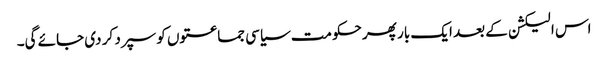
اس الیکشن کے بعد ایک بار پھر حکومت سیاسی جماعتوں کو سپرد کر دی جائے گی۔